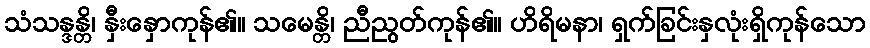
သံသန္ဒန္တိ၊ နှီးနှောကုန်၏။ သမေန္တိ၊ ညီညွတ်ကုန်၏။ ဟိရိမနာ၊ ရှက်ခြင်းနှလုံးရှိကုန်သော